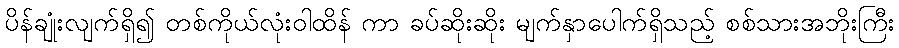
ပိန်ချုံးလျက်ရှိ၍ တစ်ကိုယ်လုံးဝါထိန် ကာ ခပ်ဆိုးဆိုး မျက်နှာပေါက်ရှိသည့် စစ်သားအဘိုးကြီး